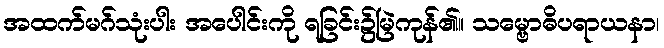
အထက်မဂ်သုံးပါး အပေါင်းကို ရခြင်း၌မြဲကုန်၏။ သမ္ဗောဓိပရာယနာ၊